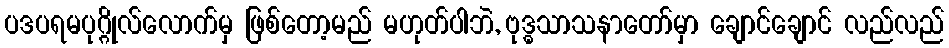
ပဒပရမပုဂ္ဂိုလ်လောက်မှ ဖြစ်တော့မည် မဟုတ်ပါဘဲ, ဗုဒ္ဓသာသနာတော်မှာ ချောင်ချောင် လည်လည်